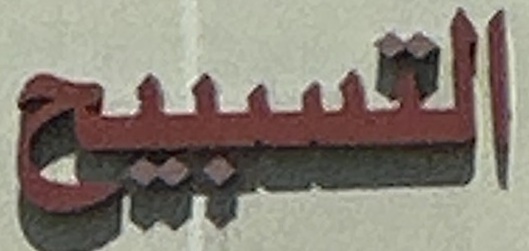
التسبيح